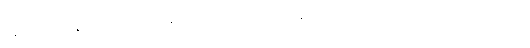
နောက်တစ်နေ့မှ ထုတ်ယူရန် ဆုံးဖြတ်ကြပြီးလျှင်၊ ကျွန်ုပ်တို့သည် စခန်းတဲဆီသို့ စိတ်ကျေနပ်စွာ